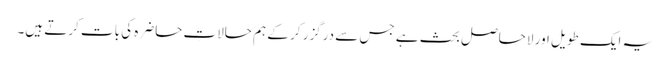
یہ ایک طویل اور لاحاصل بحث ہے جس سے درگزر کر کے ہم حالاتِ حاضرہ کی بات کرتے ہیں۔